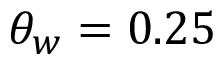
\theta _ { w } = 0 . 2 5